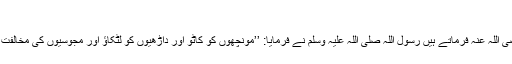
259)
ابو ہریرہ رضی اللہ عنہ فرماتے ہیں رسول اللہ صلی اللہ علیہ وسلم نے فرمایا: ’’مونچھوں کو کاٹو اور داڑھیوں کو لٹکاؤ اور مجوسیوں کی مخالفت کرو‘‘ (مسلم۔